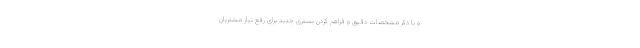
و با ذکر مشخصات دقیق و فراهم کردن بستری جدید برای رفع نیاز مشتریان